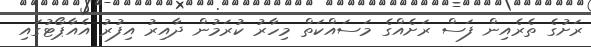
ރަށުގެ ތެރެއިން ފަސް ރަށެއްގެ މަސައްކަތް މިހާރު ކުރަމުން ދާއިރު އިފުރު އެއާޕޯޓުގައި